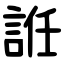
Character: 䛘